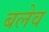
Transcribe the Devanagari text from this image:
बलेव